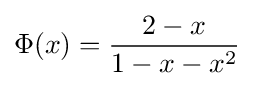
\Phi (x)={\frac {2-x}{1-x-x^{2}}}